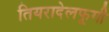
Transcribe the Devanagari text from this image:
तियरादेलफूगी